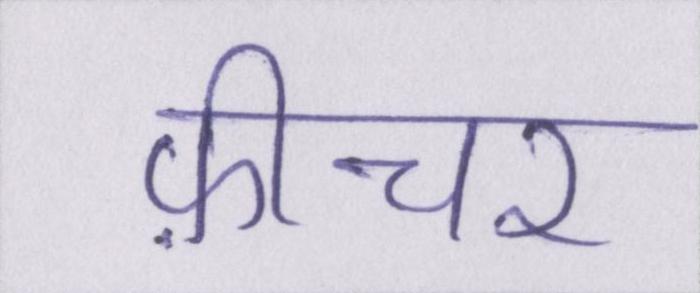
फ़ीचर